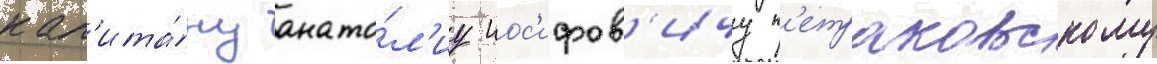
кап'ита́ну анато́л'иу иос'ифов'ичу п'етраковскому